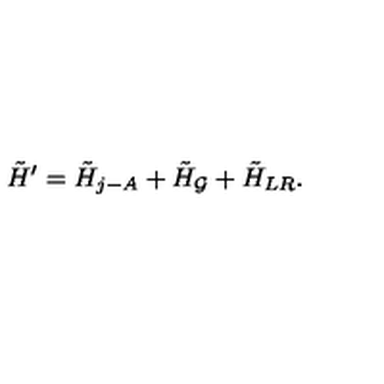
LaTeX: \tilde { H } ^ { \prime } = \tilde { H } _ { j - A } + \tilde { H } _ { \cal G } + \tilde { H } _ { L R } .